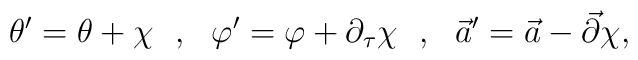
\theta'=\theta+\chi\ \ ,\ \ \varphi'=\varphi+\partial_\tau\chi\ \ ,\ \ \vec{a}'=\vec{a}-\vec{\partial}\chi,